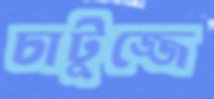
চাটুজ্জে